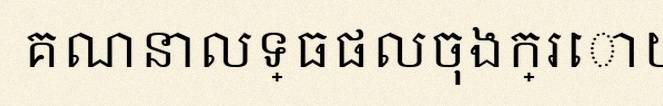
គណនាលទ្ធផលចុងក្រោយ